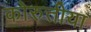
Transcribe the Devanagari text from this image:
कोरुत्तीया